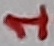
Text: 1